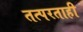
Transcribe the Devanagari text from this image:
तत्परताही